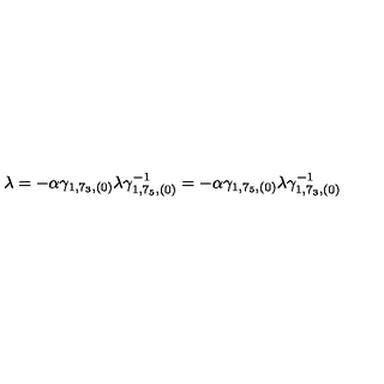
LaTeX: \lambda = - \alpha \gamma _ { 1 , 7 _ { 3 } , ( 0 ) } \lambda \gamma _ { 1 , 7 _ { 5 } , ( 0 ) } ^ { - 1 } = - \alpha \gamma _ { 1 , 7 _ { 5 } , ( 0 ) } \lambda \gamma _ { 1 , 7 _ { 3 } , ( 0 ) } ^ { - 1 }